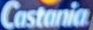
Castania